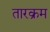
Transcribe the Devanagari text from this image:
तारक्रम